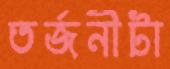
তর্জনীটা